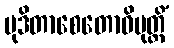
မုဒိတာစေတောဝိမုတ္တိံ